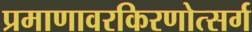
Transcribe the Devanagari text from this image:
प्रमाणावरकिरणोत्सर्ग